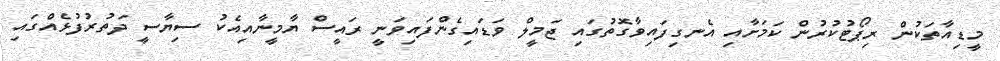
މީޑިއާތަކުން ރިޕޯޓުކުރުުން ކަމަށާއި އެނގިފައިވާގޮތުގައި ޖަމީލް ވަޑައިގެންފައިވަނީ ރައީސް ޔާމީނާއިއެކު ސިޔާސީ ދަތުރުފުޅެއްގައި